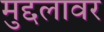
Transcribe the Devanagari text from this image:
मुद्दलावर